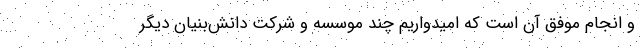
و انجام موفق آن است که امیدواریم چند موسسه و شرکت دانش‌بنیان دیگر